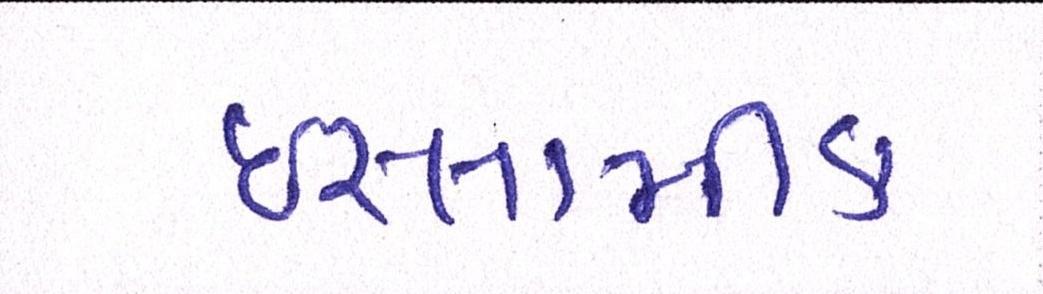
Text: ઈસ્લામીક